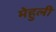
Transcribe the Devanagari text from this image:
मेहुली